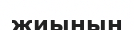
жиынын